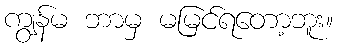
ကျွန်မ ဘာမှ မမြင်ရတော့ဘူး။